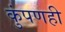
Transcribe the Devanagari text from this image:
कुंपणही